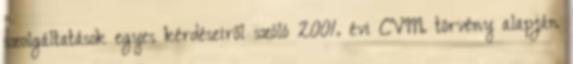
szolgáltatások egyes kérdéseiről szóló 2001. évi CVIII. törvény alapján